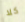
كلا